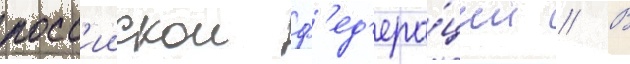
росс'иискои ф'ед'ера́ции // В